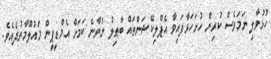
ހުޅުވާލި ނަމަވެސް ކުރިން ހުށަހަޅާފައިވާ އެޕްލިކޭޝަންތައް ބާޠިލް ނުވާނެ ކަމަށް އެމްޑީޕީން މައުލޫމާތުދެއެވެ.